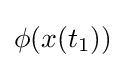
\phi (x(t_{1}))